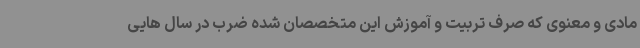
مادی و معنوی که صرف تربیت و آموزش این متخصصان شده ضرب در سال هایی